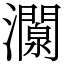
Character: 灁